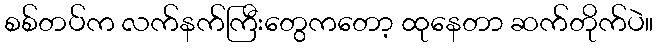
စစ်တပ်က လက်နက်ကြီးတွေကတော့ ထုနေတာ ဆက်တိုက်ပဲ။